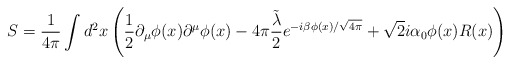
\begin{align*} S=\frac{1}{4\pi}\int d^2x \left(\frac{1}{2}\partial_\mu \phi(x)\partial^\mu \phi(x)-4\pi \frac{\tilde{\lambda}}{2} e^{-i\beta \phi(x)/\sqrt{4\pi}}+\sqrt{2}i \alpha_0 \phi (x)R(x)\right)\end{align*}